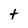
Character: t